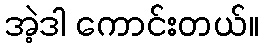
အဲ့ဒါ ကောင်းတယ်။